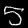
Digit: 5